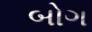
બોગ